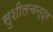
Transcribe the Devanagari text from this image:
सुशीलचन्द्र